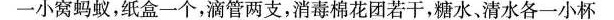
一小窝蚂蚁，纸盒一个，滴管两支，消毒棉花团若干，糖水，清水各一小杯